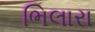
ભિલારા